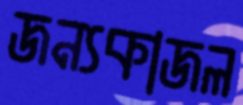
জন্যকাজল